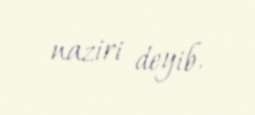
naziri deyib.